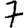
Digit: 7